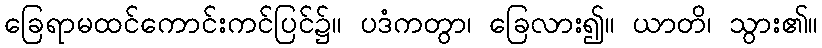
ခြေရာမထင်ကောင်းကင်ပြင်၌။ ပဒံကတွာ၊ ခြေလား၍။ ယာတိ၊ သွား၏။